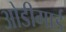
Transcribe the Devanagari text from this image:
ओडीगार्ड